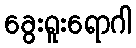
ခွေးရူးရောဂါ